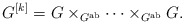
\begin{align*} G^{[k]} = G \times_{G^{\rm ab}} \cdots \times_{G^{\rm ab}} G. \end{align*}